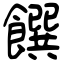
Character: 饌